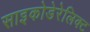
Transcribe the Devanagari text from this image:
साइकोडेरेलिक्ट